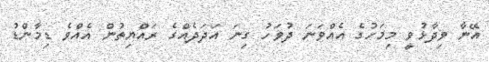
އޭނާ ވިދާޅުވީ މިމަހުގެ އެއްވަނަ ދުވަހު ގިނަ އަދަދެއްގެ ރައްޔިތުން އެއްވެ ޑިމާންޑު